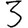
Digit: 3